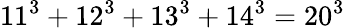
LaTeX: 11^{3}+12^{3}+13^{3}+14^{3}=20^{3}